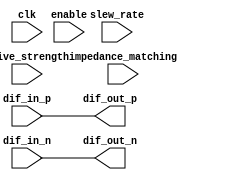
module diff_bidir_buffer(
    input  wire         dif_in_p,
    input  wire         dif_in_n,
    output reg          dif_out_p,
    output reg          dif_out_n,
    input  wire         clk,
    input  wire         enable,
    input  wire [1:0]   drive_strength,
    input  wire [1:0]   slew_rate,
    input  wire [1:0]   impedance_matching
);

assign dif_out_p = dif_in_p;
assign dif_out_n = dif_in_n;

// Code for adjustable drive strength, slew rate control, impedance matching
// ESD protection and signal integrity optimization measures

endmodule